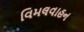
વિમલવાહન